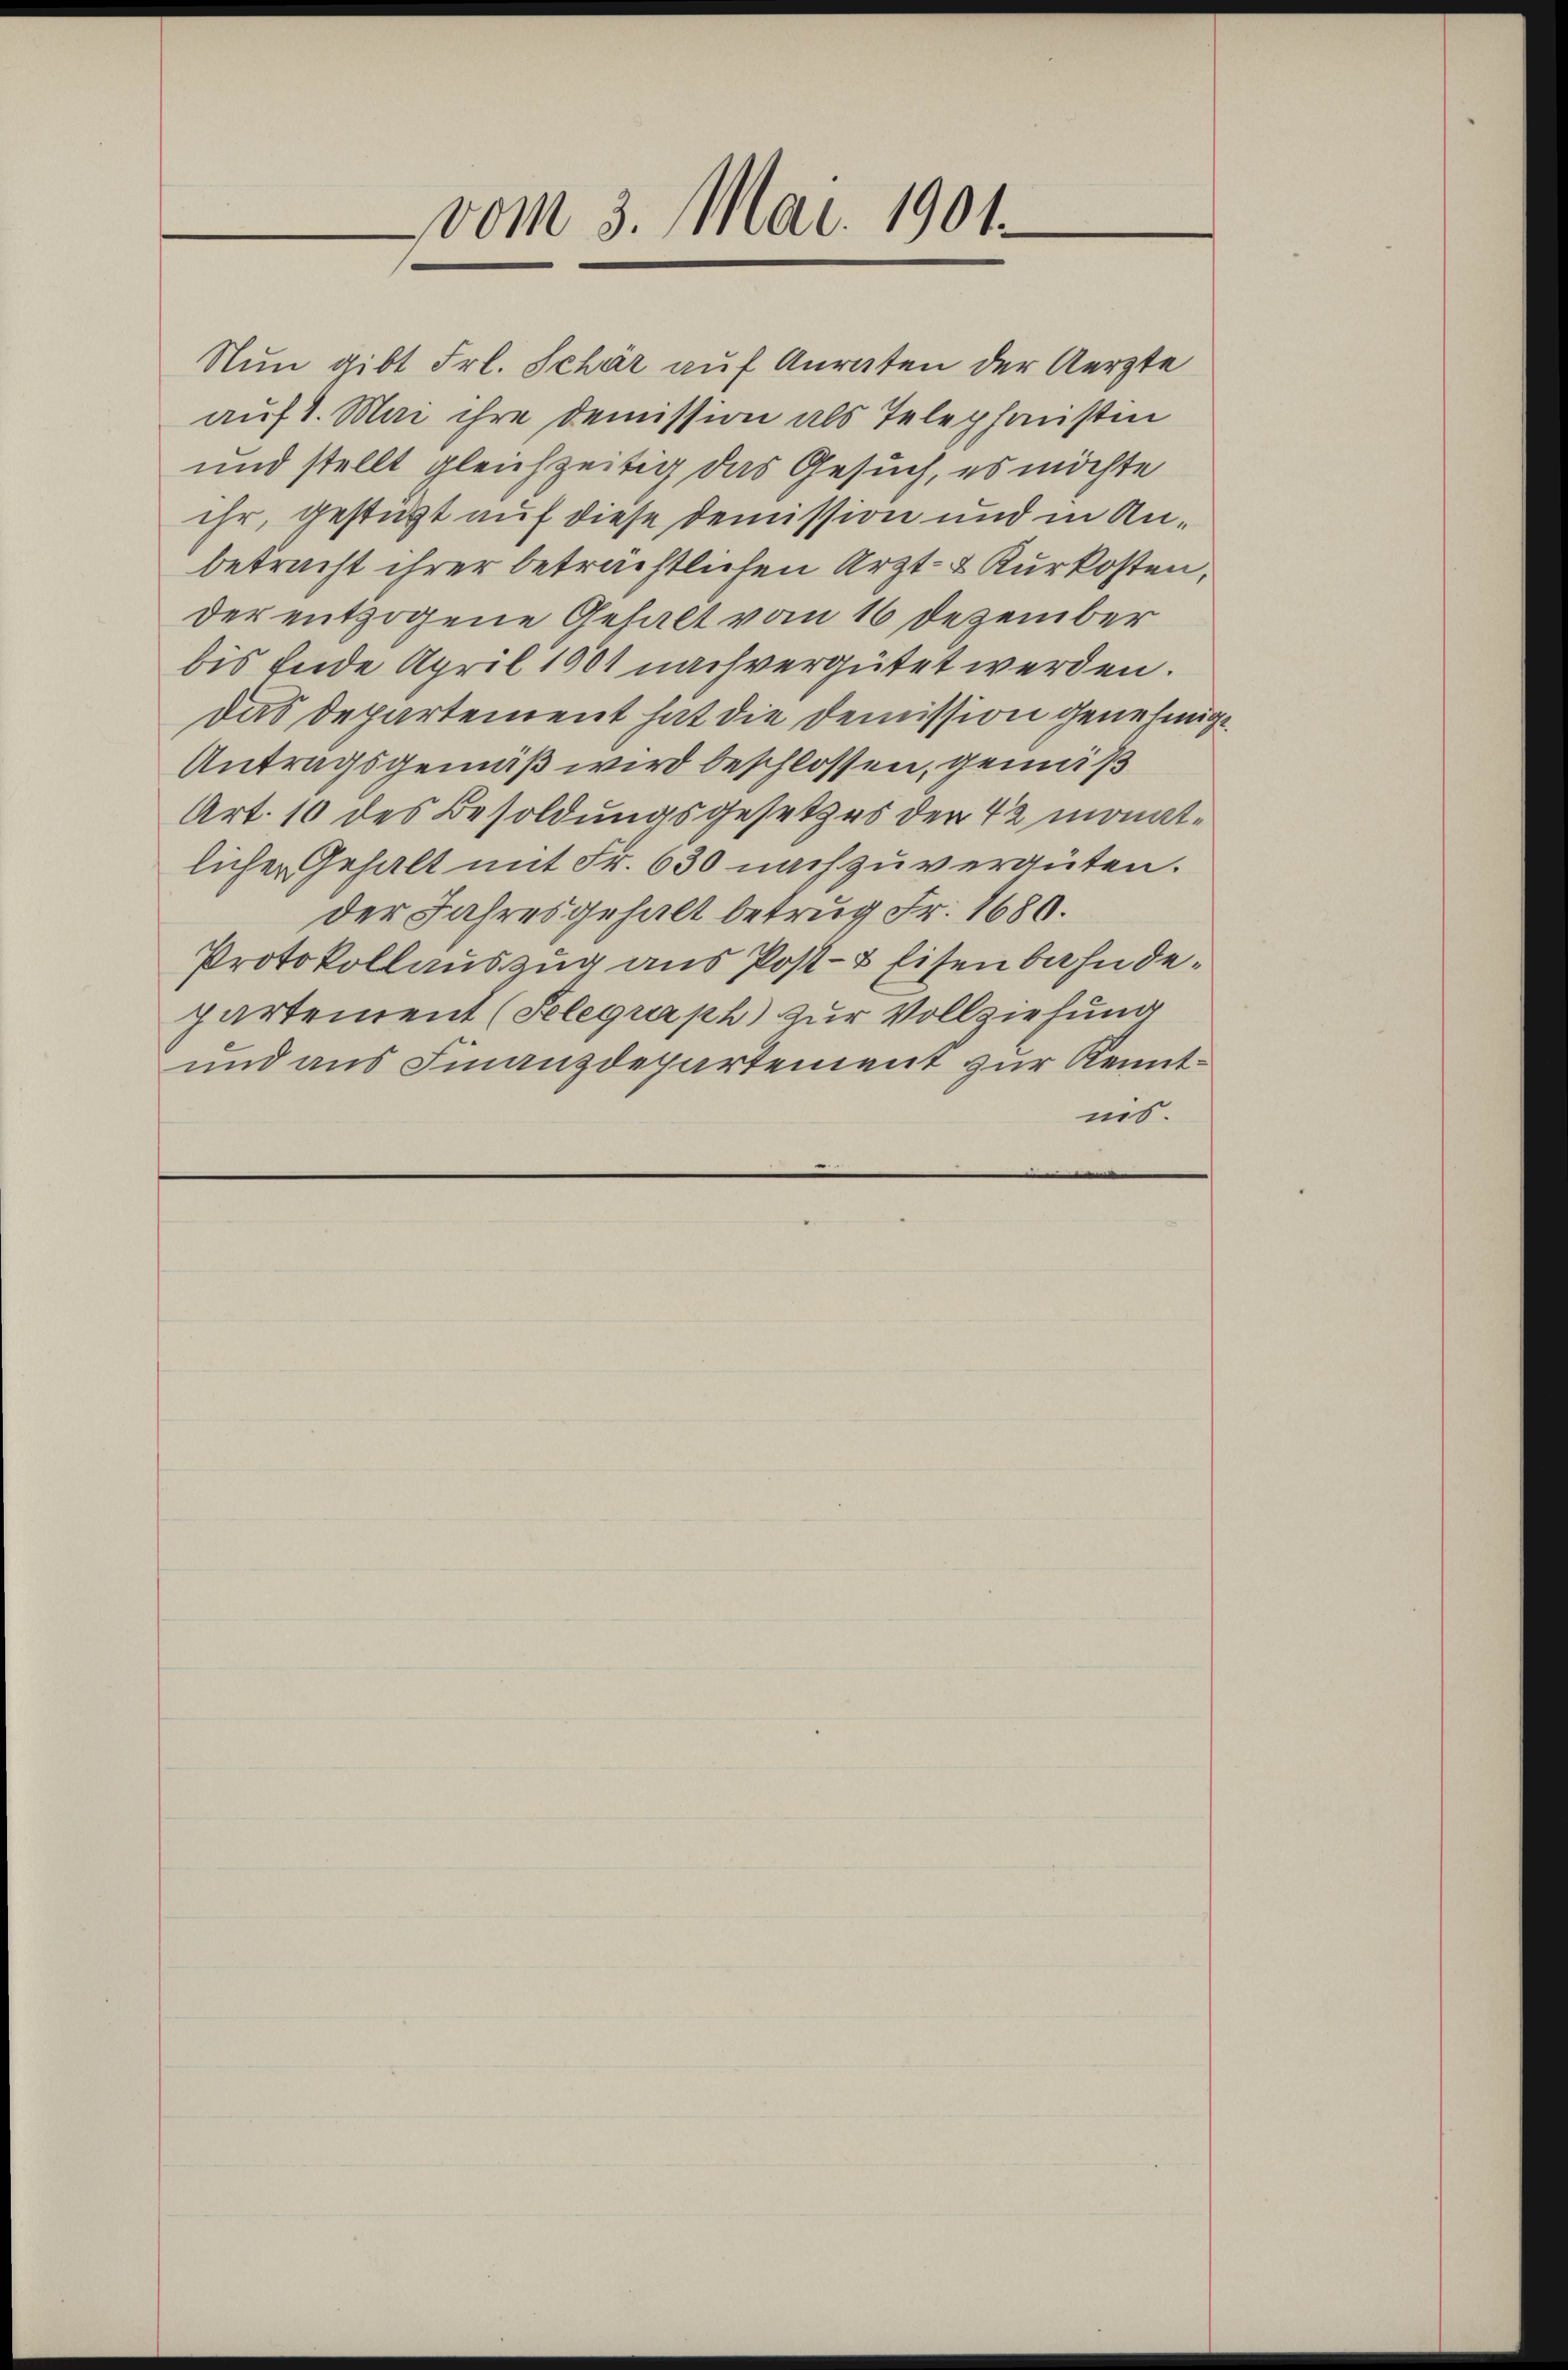
vom 3. Mai 1901.

Nun gibt Frl. Schär auf Anraten der Aerzte
auf 1. Mai ihre demission als Telephonstin
und stellt gleichzeitig das Gesuch, es möchte
ihr, gestürzt auf diese Demission und in Anbetracht ihrer beträchtlichen Arzt- & Kurkosten,
der entzogene Gehalt vom 16 Dezember
bis Ende April 1901 nach vergütet werden.
Das Departement hat die Demission genehmigt.
Antragsgemäß wird beschlossen, gemäß
Art. 10 des Besoldungsgesetzes der 42 monatlicher Gehalt mit Fr. 630 nach zuvergüten.
der Jahresgehalt betrug Fr. 1680.
Protokollauszug aus Post- & Eisenbahn departement (Telegraph) zur Vollziehung
und aus Finanzdepartement zur Kenntnis.